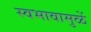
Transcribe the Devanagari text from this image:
स्वभावामुळें